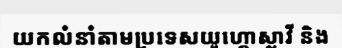
យកលំនាំតាមប្រទេសយូហ្គោស្លាវី និង